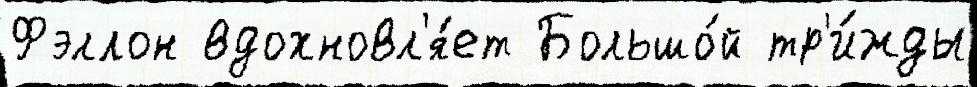
Фэллон вдохновл'я́ет Большо́й тр'и́жды